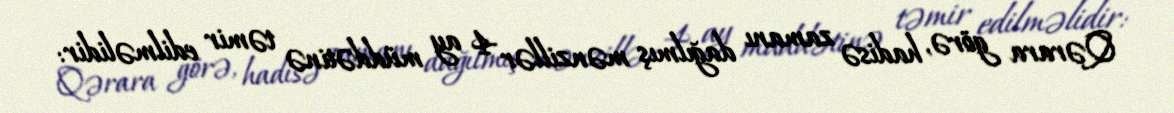
Qərara görə, hadisə zamanı dağılmış mənzillər 4 ay müddətinə təmir edilməlidir: